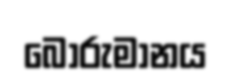
බොරුමානය